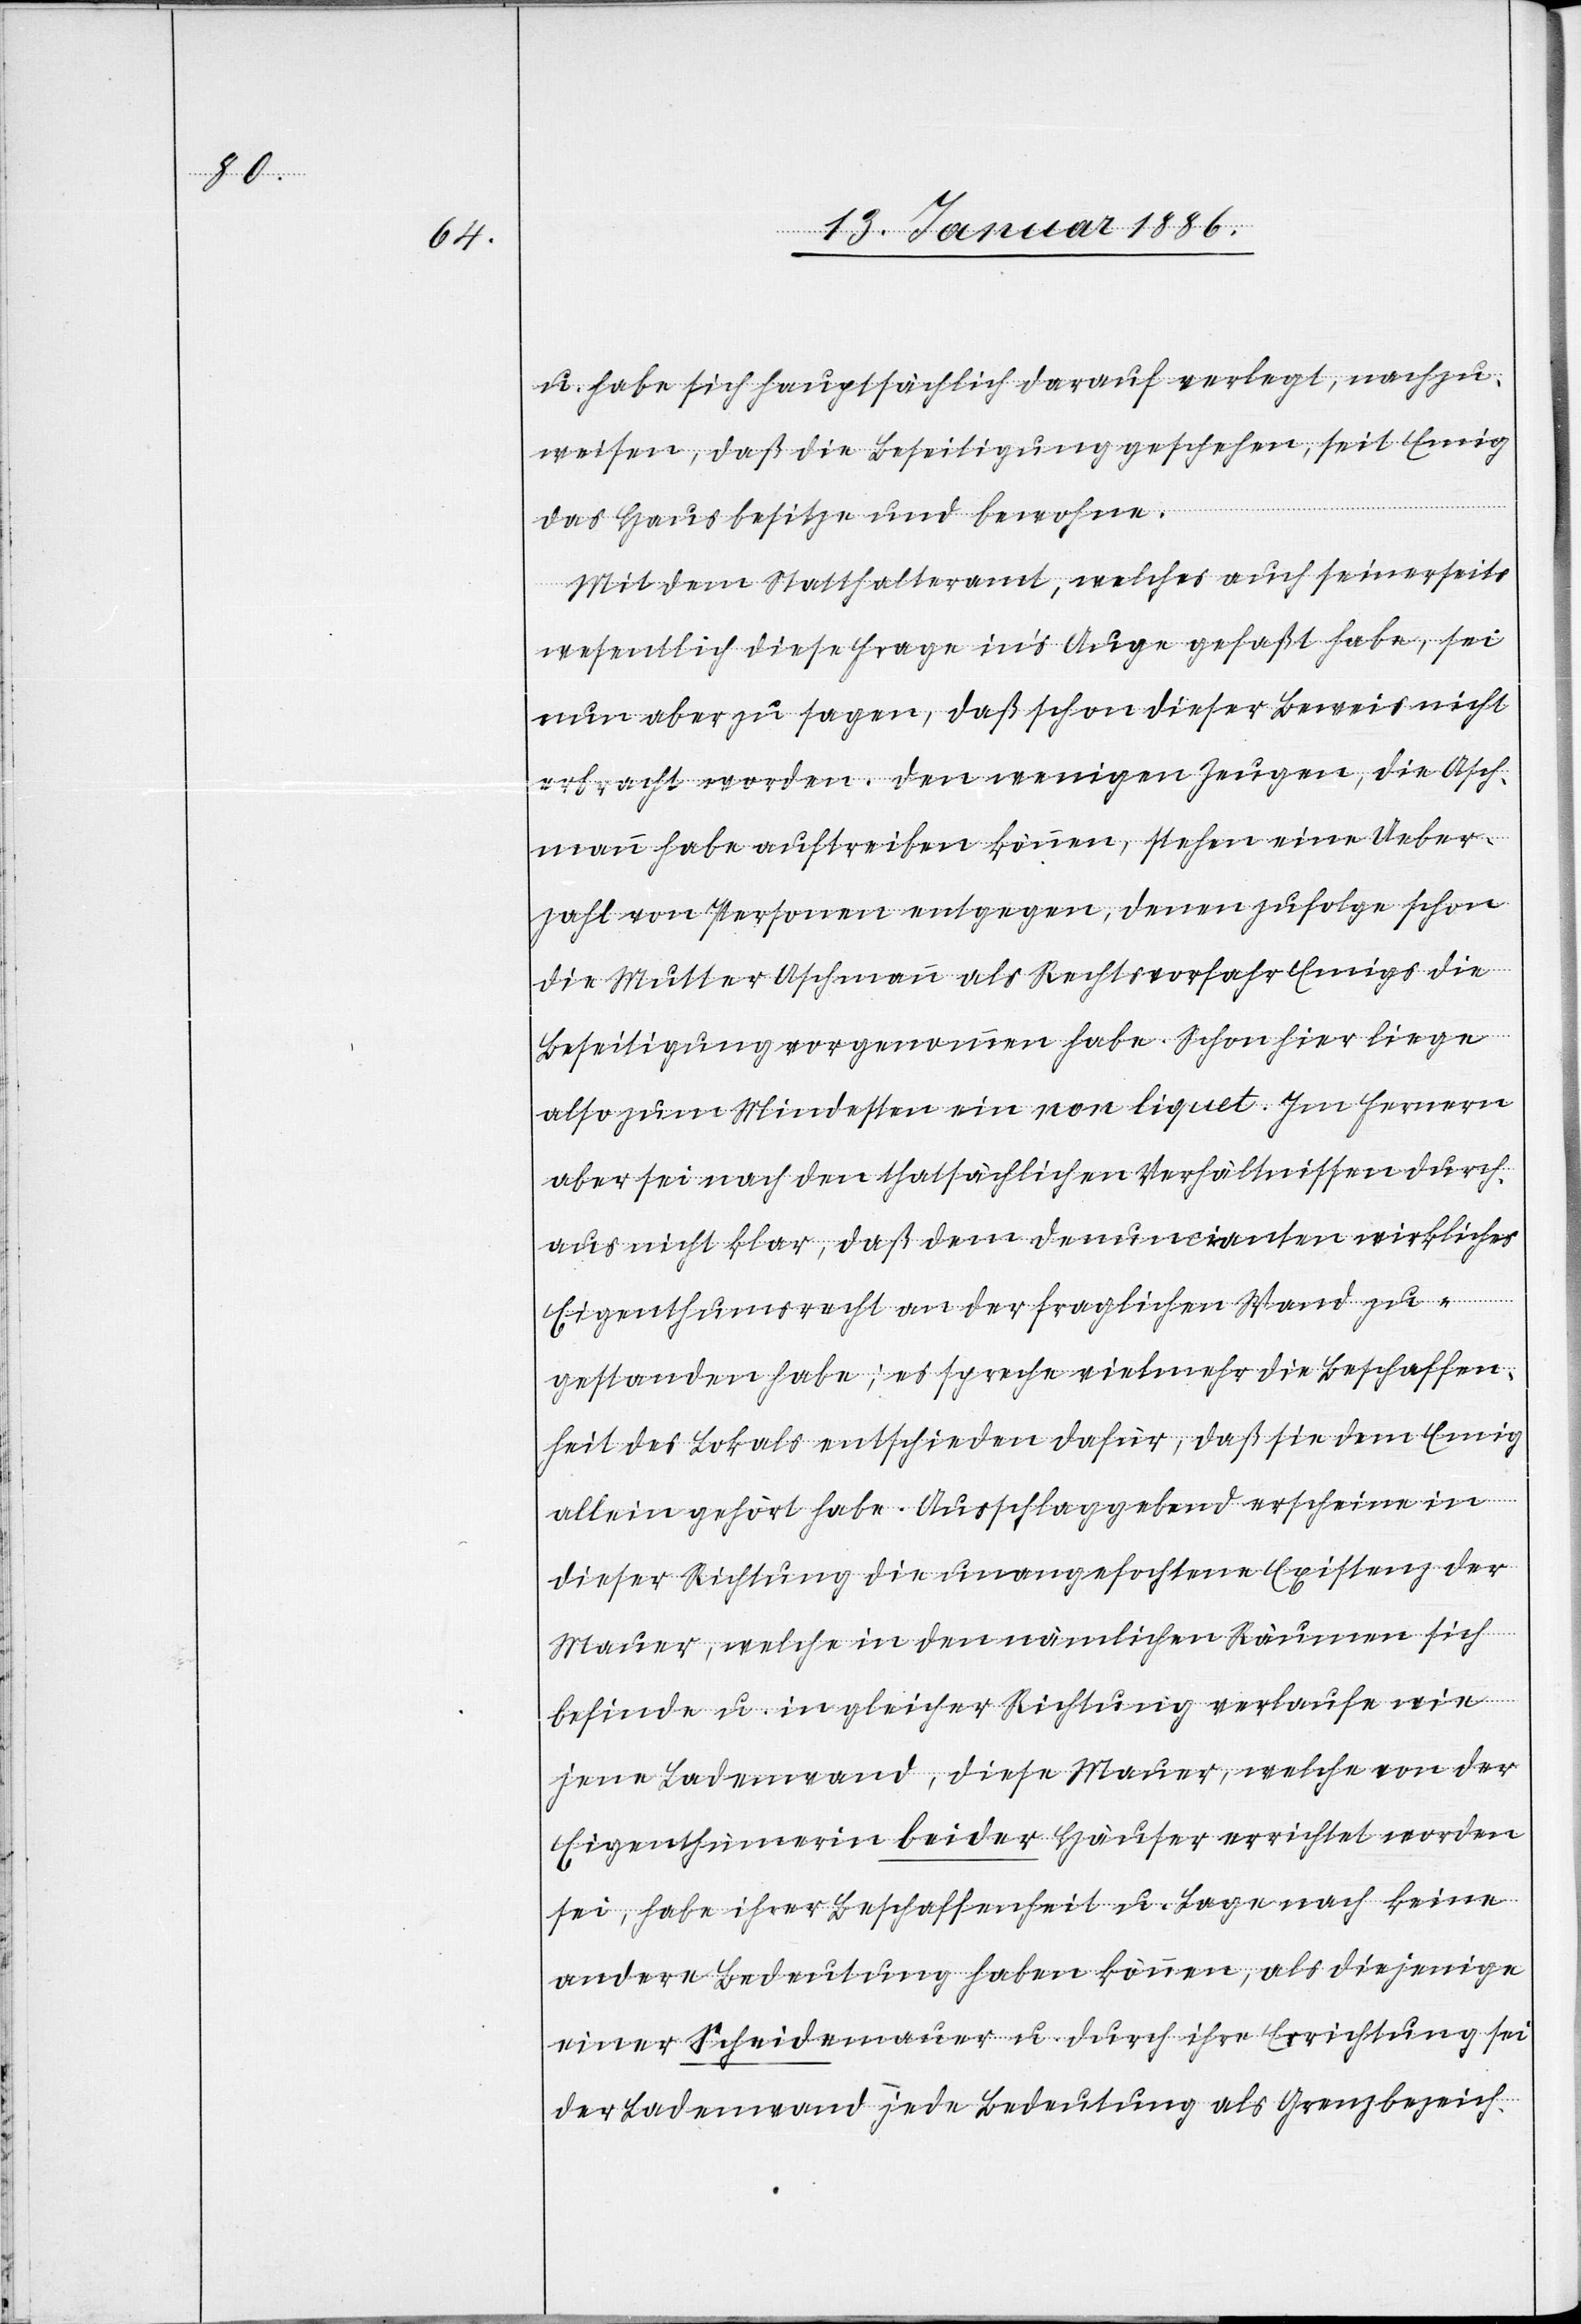
u. habe sich hauptsächlich darauf verlegt, nachzu¬
weisen, daß die Beseitigung geschehen, seit Emig
das Haus besitze und bewohne.
Mit dem Statthalteramt, welches auch seinerseits
wesentlich diese Frage in’s Auge gefaßt habe, sei
nun aber zu sagen, daß schon dieser Beweis nicht
erbracht worden. Den wenigen Zeugen, die Asch¬
mann habe auftreiben können, stehe eine Ueber¬
zahl von Personen entgegen, denen zufolge schon
die Mutter Aschmann als Rechtsvorfahr Emigs die
Beseitigung vorgenommen habe. Schon hier liege
also zum Mindesten ein non liquet. Im ferneren
aber sei nach den thatsächlichen Verhältnissen durch¬
aus nicht klar, daß dem Denunzianten wirkliches
Eigenthumsrecht an der fraglichen Wand zu¬
gestanden habe; es spreche vielmehr die Beschaffen¬
heit des Lokals entschieden dafür, daß sie nur Emig
allein gehört habe. Ausschlaggebend erscheine in
dieser Richtung die unangefochtene Existenz der
Mauer, welche in dem nämlichen Räumen sich
befinde u. in gleicher Richtung verlaufe wie
jene Ladenwand, diese Mauer, welche von der
Eigenthümerin beider Häuser errichtet worden
sei, habe ihrer Beschaffenheit u. Lage nach keine
andere Bedeutung haben können, als diejenige
einer Schneidemauer u. durch ihre Errichtung sei
der Ladenwand jede Bedeutung als Grenzbezeich-